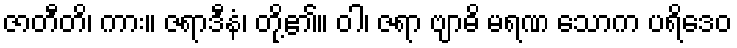
ဇာတီတိ၊ ကား။ ဇရာဒီနံ၊ တို့၏။ ဝါ၊ ဇရာ ဗျာဓိ မရဏ သောက ပရိဒေဝ